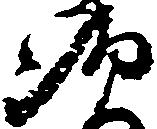
す